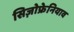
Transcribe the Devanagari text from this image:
सिज़ोफ्रेनियाव